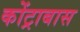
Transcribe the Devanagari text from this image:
कोंट्राबास